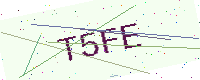
Text: T5FE